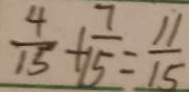
\frac { 4 } { 1 5 } + \frac { 7 } { 1 5 } = \frac { 1 1 } { 1 5 }